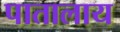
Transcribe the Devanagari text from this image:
पातालाय